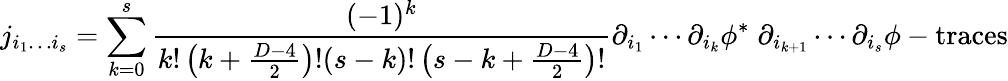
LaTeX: j_{i_{1}\ldots i_{s}}=\sum_{k=0}^{s}{\frac{(-1)^{k}}{k!\left(k+{\frac{D-4}{2}}\right)!(s-k)!\left(s-k+{\frac{D-4}{2}}\right)!}}\partial_{i_{1}}\cdots\partial_{i_{k}}\phi^{*}\; \partial_{i_{k+1}}\cdots\partial_{i_{s}}\phi-\mathrm{traces}